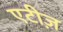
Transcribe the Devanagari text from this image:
एटीज़